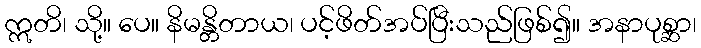
ဣတိ၊ သို့။ ပေ။ နိမန္တိတာယ၊ ပင့်ဖိတ်အပ်ပြီးသည်ဖြစ်၍။ အနာပုစ္ဆာ၊